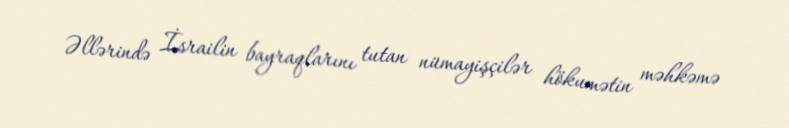
Əllərində İsrailin bayraqlarını tutan nümayişçilər hökumətin məhkəmə